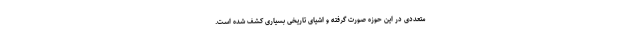
متعددی در این حوزه صورت گرفته و اشیای تاریخی بسیاری کشف شده است.